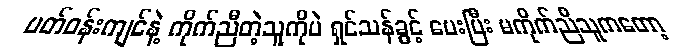
ပတ်ဝန်းကျင်နဲ့ ကိုက်ညီတဲ့သူကိုပဲ ရှင်သန်ခွင့် ပေးပြီး မကိုက်ညီသူကတော့